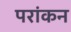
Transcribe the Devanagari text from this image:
परांकन